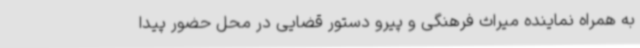
به همراه نماینده میراث فرهنگی و پیرو دستور قضایی در محل حضور پیدا